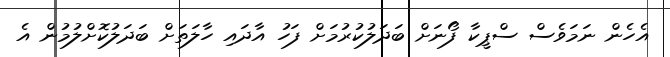
އެހެން ނަމަވެސް ސްޕީކާ ފޯނަށް ބަދަލުކުރުމަށް ފަހު އާދައި ހާލަތަށް ބަދަލުކޮށްލުމުން އެ